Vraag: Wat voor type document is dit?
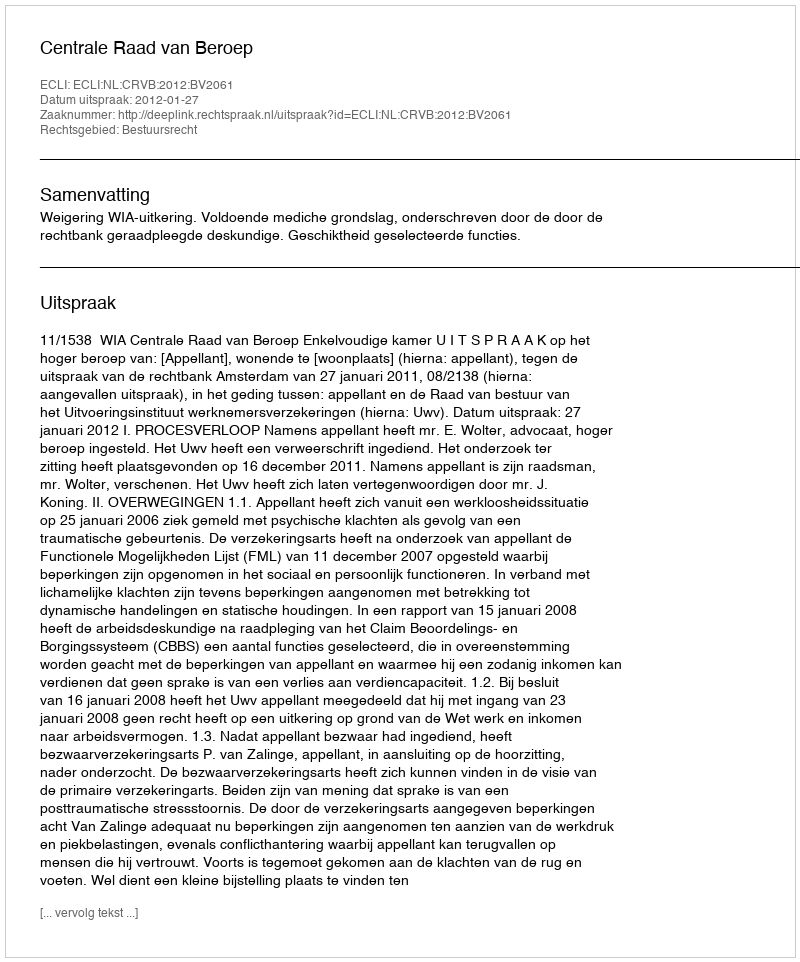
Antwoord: Uitspraak